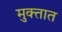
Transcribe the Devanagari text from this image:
मुक्तात